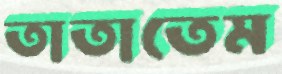
তাতাতেম